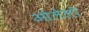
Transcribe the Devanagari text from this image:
ओलेलो